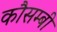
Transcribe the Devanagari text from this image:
कौसम्बी